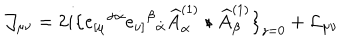
\mathcal { J } _ { \mu \nu } = 2 i \big \{ e _ { [ \mu } { } ^ { \alpha \dot { \alpha } } e _ { \nu ] } { } ^ { \beta } { } _ { \dot { \alpha } } \widehat A _ { \alpha } ^ { ( 1 ) } \star \widehat A _ { \beta } ^ { ( 1 ) } \big \} _ { z = 0 } + \mathcal { L } _ { \mu \nu }